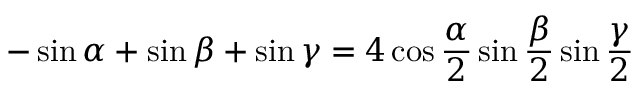
- \sin \alpha + \sin \beta + \sin \gamma = 4 \cos { \frac { \alpha } { 2 } } \sin { \frac { \beta } { 2 } } \sin { \frac { \gamma } { 2 } }